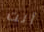
أنت